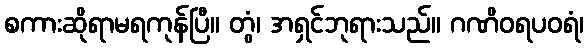
စကားဆိုရာမရကုန်ပြီ။ တွံ၊ အရှင်ဘုရားသည်။ ဂဏိဝရပဝရံ၊